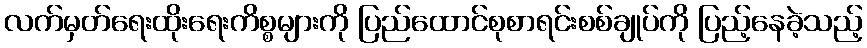
လက်မှတ်ရေးထိုးရေးကိစ္စများကို ပြည်ထောင်စုစာရင်းစစ်ချုပ်ကို ပြည့်နေခဲ့သည့်